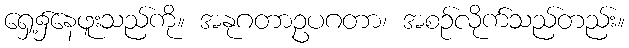
ရှေ့၌နေဖူးသည်ကို။ အနုဂတာဥပဂတာ၊ အစဉ်လိုက်သည်တည်း။